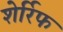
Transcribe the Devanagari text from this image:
शेर्रिफ